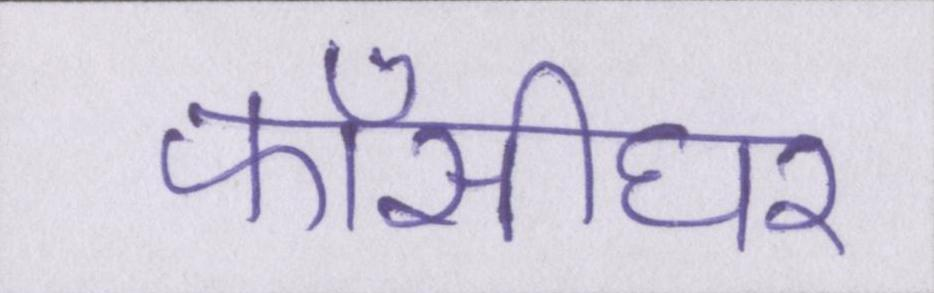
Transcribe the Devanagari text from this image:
फाँसीघर